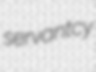
servantcy